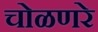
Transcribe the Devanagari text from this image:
चोळणरे